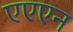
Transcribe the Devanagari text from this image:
एएएन